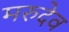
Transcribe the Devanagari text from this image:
मरुदेव